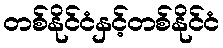
တစ်နိုင်ငံနှင့်တစ်နိုင်ငံ